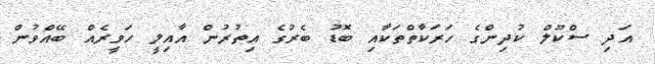
އަދި ސްކޫލް ކުދިންގެ ހަރަކާތްތަކާއި ބޮޑު ބެރުގެ އިތުރުން އާއިލީ ހަވީރެއް ބޭއްވުން